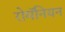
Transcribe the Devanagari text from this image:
रोमॅनियन